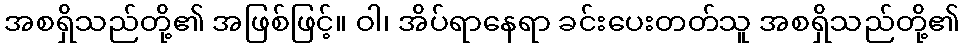
အစရှိသည်တို့၏ အဖြစ်ဖြင့်။ ဝါ၊ အိပ်ရာနေရာ ခင်းပေးတတ်သူ အစရှိသည်တို့၏